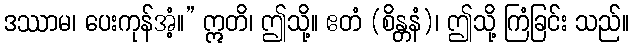
ဒဿာမ၊ ပေးကုန်အံ့။” ဣတိ၊ ဤသို့။ ဧတံ (စိန္တနံ)၊ ဤသို့ ကြံခြင်း သည်။